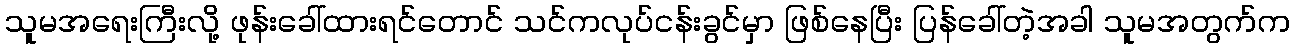
သူမအရေးကြီးလို့ ဖုန်းခေါ်ထားရင်တောင် သင်ကလုပ်ငန်းခွင်မှာ ဖြစ်နေပြီး ပြန်ခေါ်တဲ့အခါ သူမအတွက်က